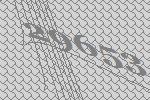
29653